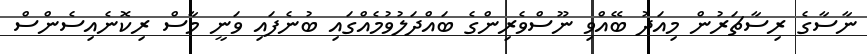
ނާސާގެ ރިސާޗަރުން މިއަދު ބޭއްވި ނޫސްވެރިންގެ ބައްދަލުވުމެއްގައި ބުނެފައި ވަނީ މާސް ރިކޮނެއިސެންސް